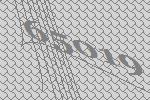
65019